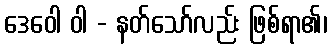
ဒေဝေါ ဝါ - နတ်သော်လည်း ဖြစ်ရာ၏၊